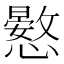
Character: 𢣮